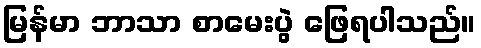
မြန်မာ ဘာသာ စာမေးပွဲ ဖြေရပါသည်။